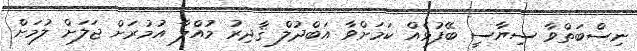
ނިސްބަތްވާ ސިޔާސީ ބޭފުޅެއް ކަމަށްވާ އަބްދުލް ޤާދިރު މުއްލާ އުމުރަށް ޖަލަށް ލުމަށް